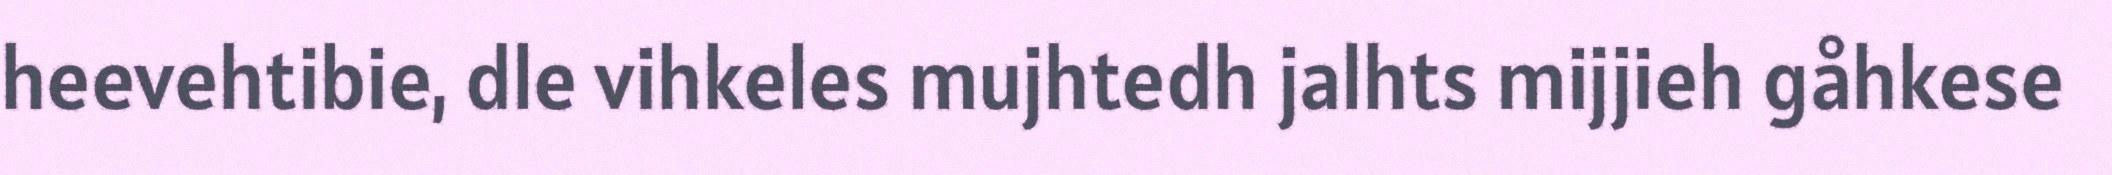
heevehtibie, dle vihkeles mujhtedh jalhts mijjieh gåhkese